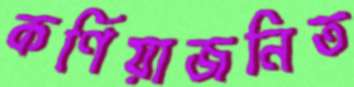
কর্ণিয়াজনিত